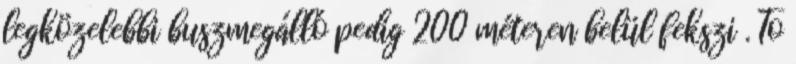
legközelebbi buszmegálló pedig 200 méteren belül fekszi . To